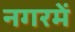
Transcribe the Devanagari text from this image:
नगरमें